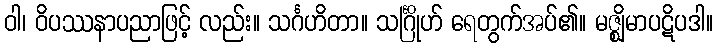
ဝါ၊ ဝိပဿနာပညာဖြင့် လည်း။ သင်္ဂဟိတာ။ သင်္ဂြိုဟ် ရေတွက်အပ်၏။ မဇ္ဈိမာပဋိပဒါ။